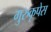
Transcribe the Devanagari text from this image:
गुरुकृपेस